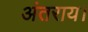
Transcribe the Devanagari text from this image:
अंतराय।